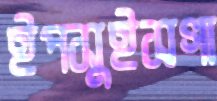
ইপসুইসগা